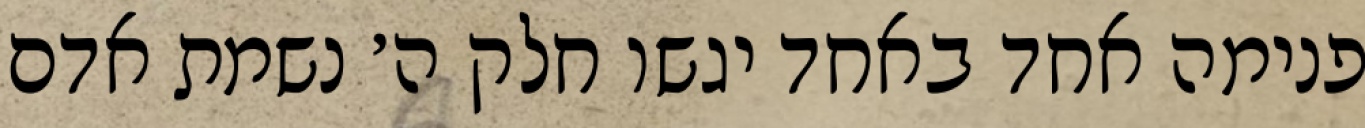
פנימה אחד באחד יגשו חלק ה׳ נשמת אדם